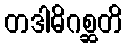
တဒါဓိဂစ္ဆတိ